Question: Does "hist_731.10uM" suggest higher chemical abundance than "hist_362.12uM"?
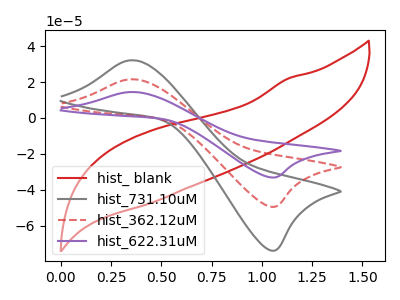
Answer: <think>The red curve "hist_ blank" has no peaks. The gray curve "hist_731.10uM" has an anodic peak at (0.35V, 32.15uA) and a cathodic peak at (1.05V, -73.95uA). The red dashed curve "hist_362.12uM" has an anodic peak at (0.35V, 21.50uA) and a cathodic peak at (1.05V, -49.55uA). The purple curve "hist_622.31uM" has an anodic peak at (0.35V, 43.05uA) and a cathodic peak at (1.05V, -99.10uA).
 All the peaks in "hist_731.10uM" have a peak in "hist_362.12uM" at the same potential. Every peak in "hist_731.10uM" is higher than every peak in "hist_362.12uM".</think>
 <answer>"hist_731.10uM" has more signal than "hist_362.12uM".</answer>
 <eval>more_signal</eval>